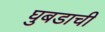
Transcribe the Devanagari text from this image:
घुबडाची